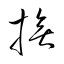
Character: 撫